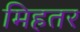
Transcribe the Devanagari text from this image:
मिहतर